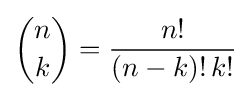
{\binom {n}{k}}={\frac {n!}{(n-k)!\,k!}}